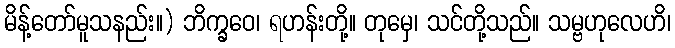
မိန့်တော်မူသနည်း။) ဘိက္ခဝေ၊ ရဟန်းတို့။ တုမှေ၊ သင်တို့သည်။ သမ္ဗဟုလေဟိ၊